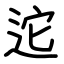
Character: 迱